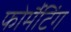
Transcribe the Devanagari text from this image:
फोर्मैटिंग